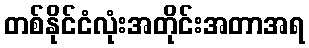
တစ်နိုင်ငံလုံးအတိုင်းအတာအရ